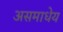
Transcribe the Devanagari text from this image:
असमाधेय